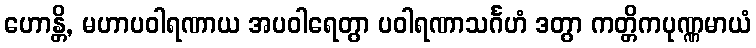
ဟောန္တိ, မဟာပဝါရဏာယ အပဝါရေတွာ ပဝါရဏာသင်္ဂဟံ ဒတွာ ကတ္တိကပုဏ္ဏမာယံ